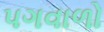
પગવાળો